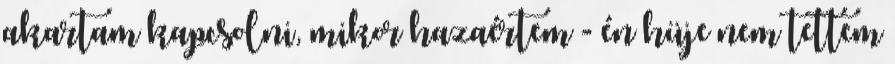
akartam kapcsolni, mikor hazaértem - én hüje nem tettem